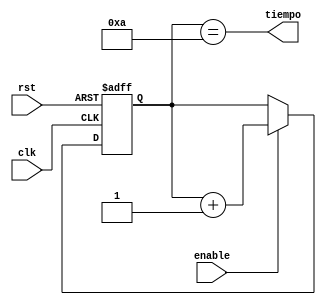
`timescale 1ns / 1ps
//////////////////////////////////////////////////////////////////////////////////

//////////////////////////////////////////////////////////////////////////////////
module CuentaBitsEnvio(input rst, input clk, output tiempo, input enable);

reg [3:0] cuenta;
//Se elige el numero 1023 ya que representa 1111111111
	
assign tiempo = (cuenta==4'd10);

always @(posedge clk, posedge rst)
begin
	if (rst)
		cuenta = 4'b0;
	else if (enable)
		cuenta = cuenta + 4'd1;
		else
		cuenta = cuenta;
end

endmodule